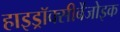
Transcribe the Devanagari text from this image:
हाइड्रॉक्सीबेंजोइक